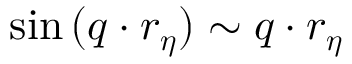
\sin { ( \boldsymbol { q } \cdot \boldsymbol { r _ { \eta } } ) } \sim \boldsymbol { q } \cdot \boldsymbol { r _ { \eta } }